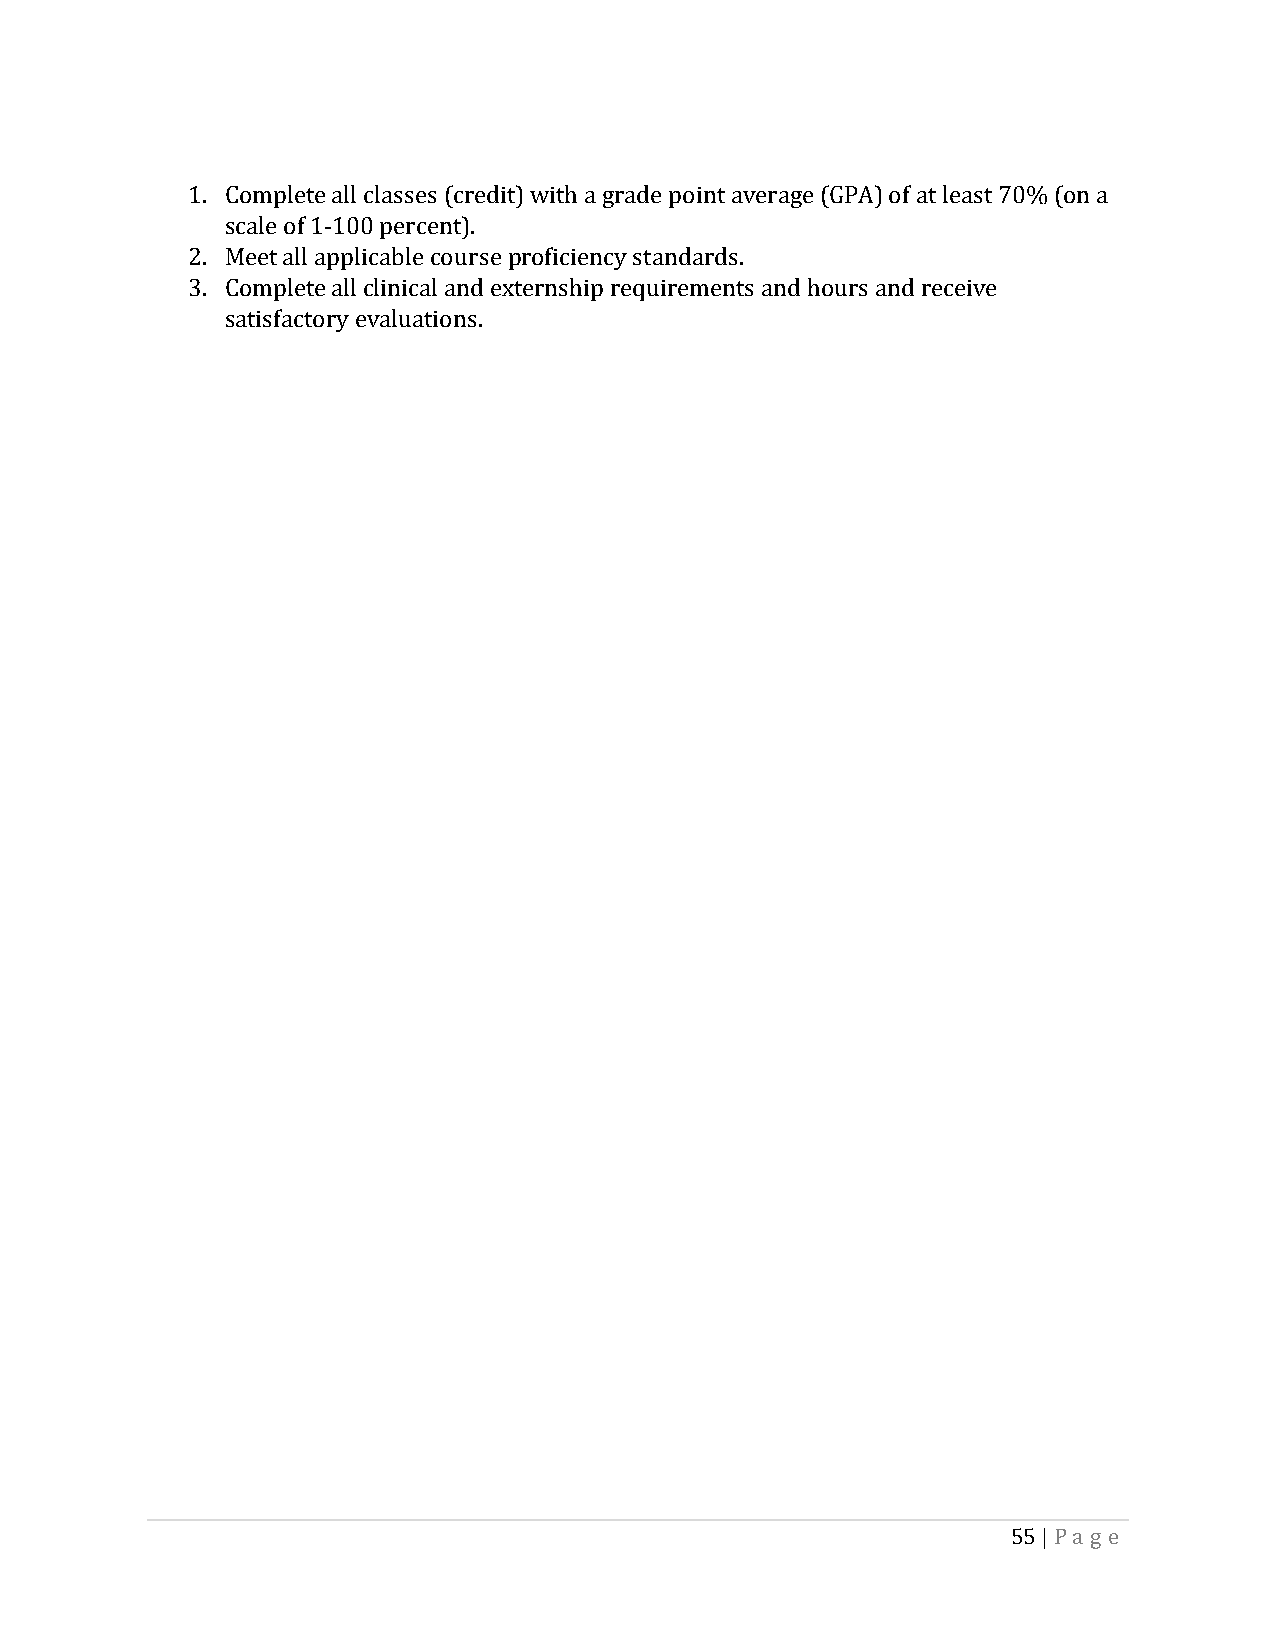
1. Complete all classes (credit) with a grade point average (GPA) of at least 70% (on a
 scale of 1-100 percent).
 2. Meet all applicable course proficiency standards.
 3. Complete all clinical and externship requirements and hours and receive
 satisfactory evaluations.
 55 | Pa g e